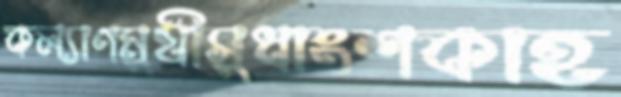
কল্যাণমুখীসুধাংশকাহ